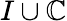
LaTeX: I\cup\mathbb{C}